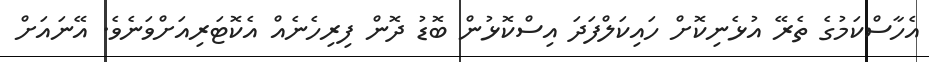
އެހާސްކަމުގެ ތެރޭ އުޅެނިކޮށް ހައިކަލްފަދަ އިސްކޮޅުން ބޮޑު ދޮން ފިރިހެނެއް އެކޮޓަރިއަށްވަނެވެ. އޭނައަށް